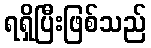
ရရှိပြီးဖြစ်သည်